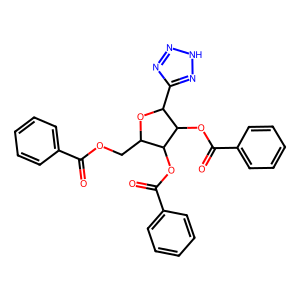
SMILES: O=C(OCC1OC(c2nn[nH]n2)C(OC(=O)c2ccccc2)C1OC(=O)c1ccccc1)c1ccccc1
Inhibits HIV replication: No